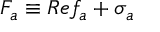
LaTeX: { \cal F } _ { a } \equiv R e f _ { a } + \sigma _ { a }